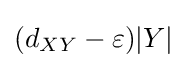
(d_{XY}-\varepsilon )|Y|